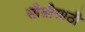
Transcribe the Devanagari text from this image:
सीडीसाठी